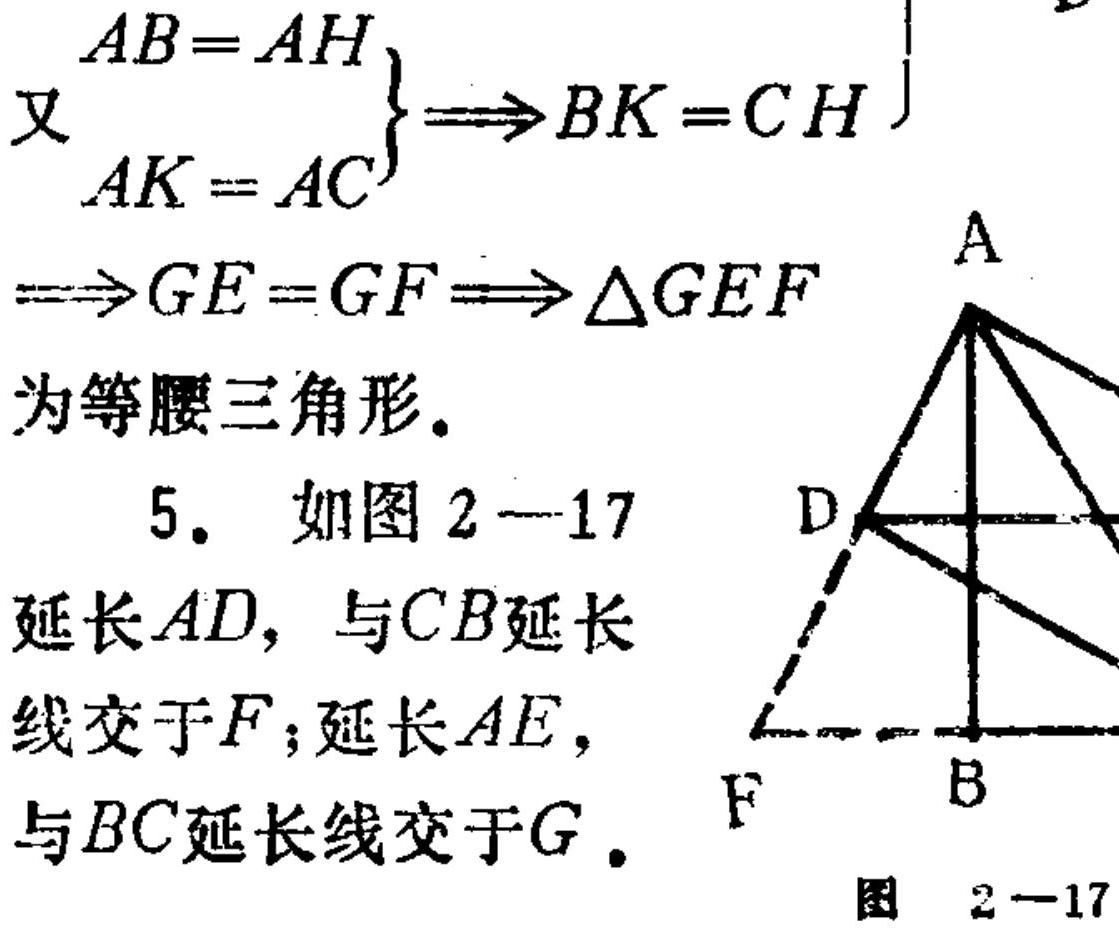
又$\left.\begin{array}{l}
AB = AH\\
AK = AC
\end{array}\right\}\Longrightarrow BK = CH$
$\Longrightarrow GE = GF\Longrightarrow \triangle GEF$
为等腰三角形。
5. 如图 2—17
延长$AD$, 与$CB$延长
线交于$F$;延长$AE$,
与$BC$延长线交于$G$。
图 2—17